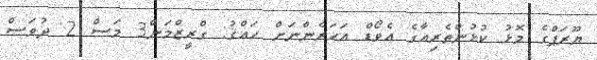
ޔޫރަޕްގެ މޮޅު ކުޅުންތެރިއާގެ އެވޯޑް އަހަރެންނަށް ހައްޤު: ގްރީޒްމަން3 މަސް 2 ދުވަސް